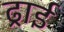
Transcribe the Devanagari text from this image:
ढ्राई